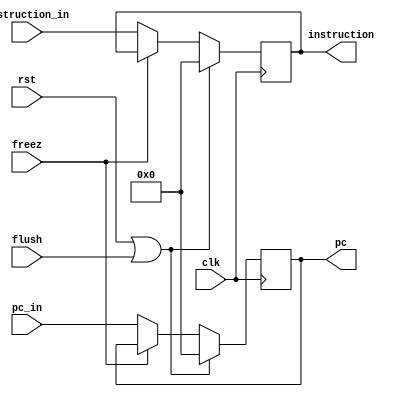
module IF_Stage_reg
	(
		input clk,
		input rst,
		input flush,
		input freez,
		input [31:0] pc_in,
		input [31:0] instruction_in,
		output reg [31:0] pc,
		output reg [31:0] instruction
	);

	 always @(posedge clk) begin
		if (rst || flush) begin
			pc <= 32'b0;
			instruction <= 32'b0;
		end
		else if (freez == 0) begin
			instruction <= instruction_in;
			pc <= pc_in;
		end
	end
endmodule